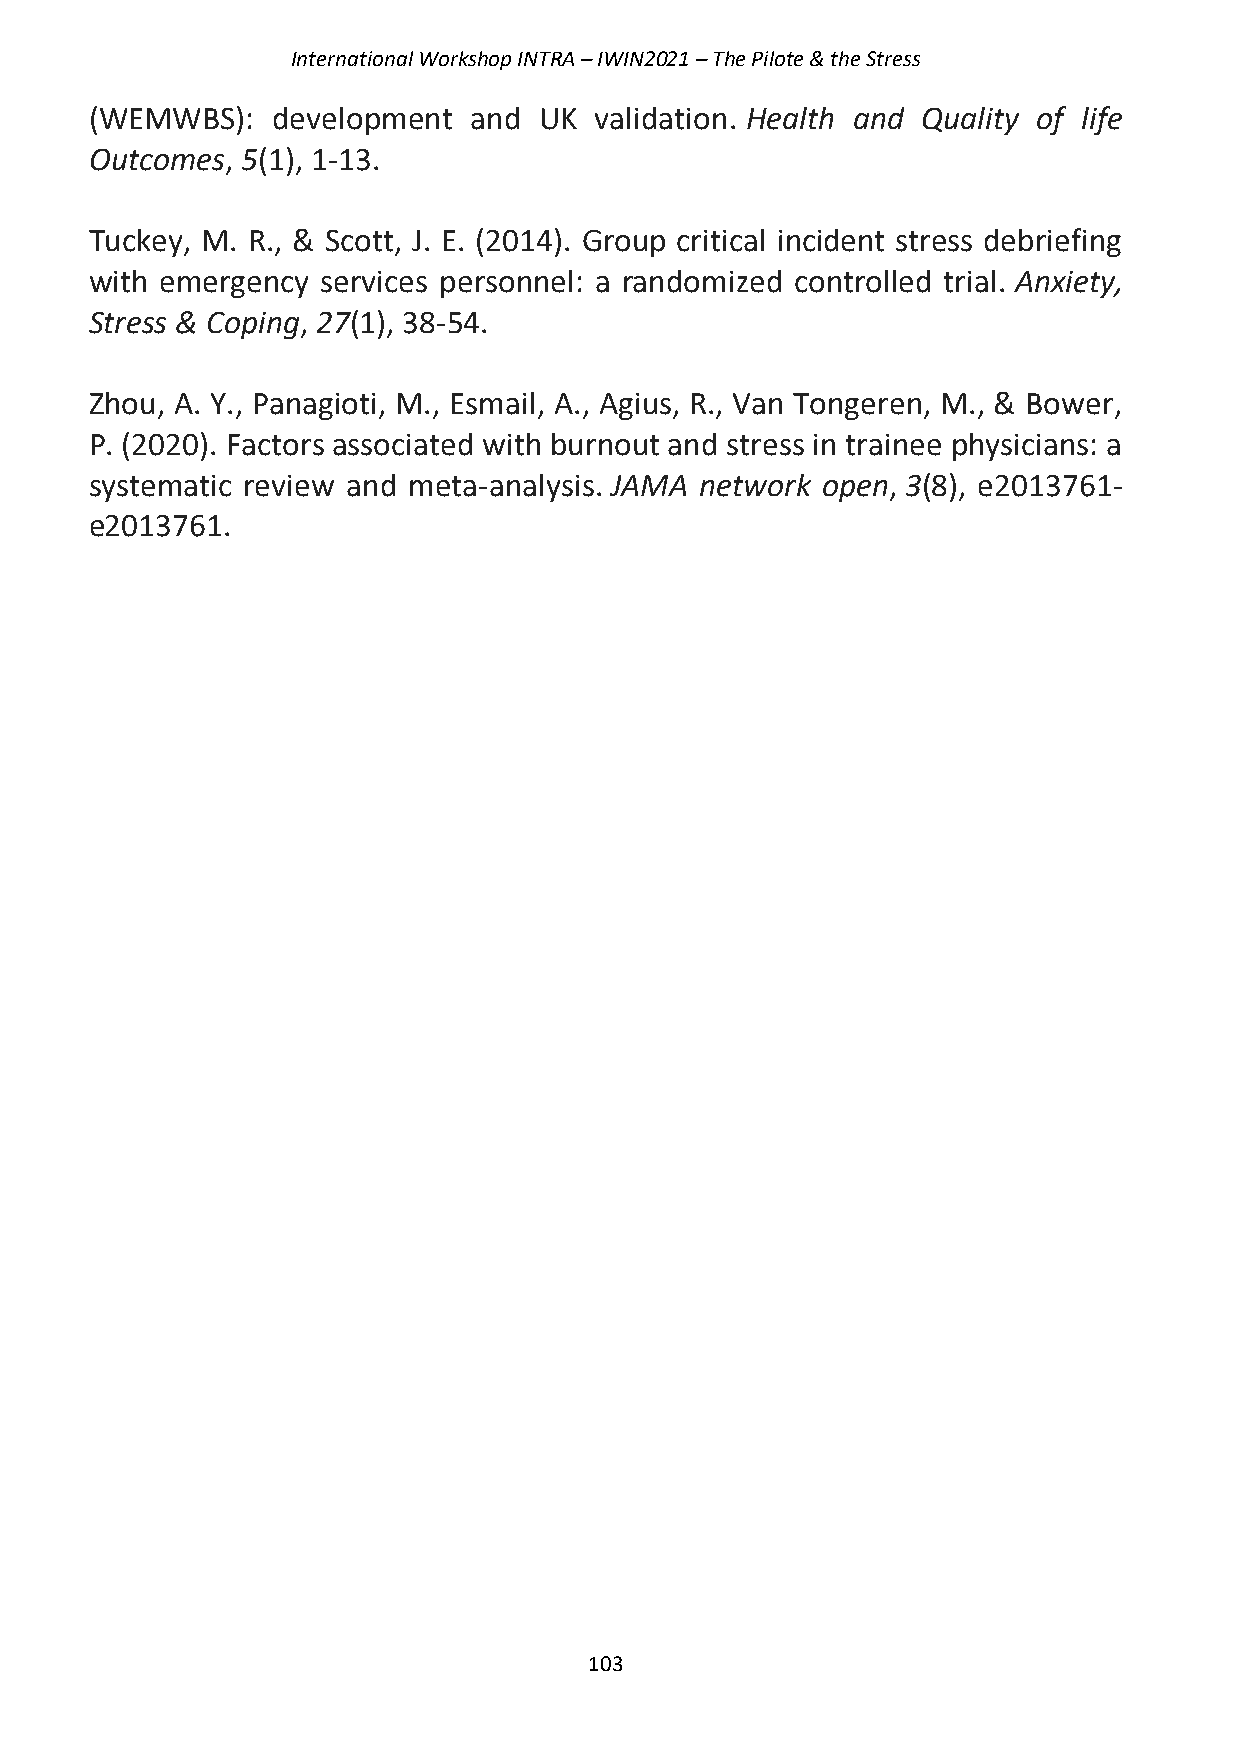
International Workshop INTRA – IWIN2021 – The Pilote & the Stress
 (WEMWBS):   development  and  UK validation. Health and Quality of life
 Outcomes, 5(1), 1-13.
 Tuckey, M. R., & Scott, J. E. (2014). Group critical incident stress debriefing
 with emergency services personnel: a randomized controlled trial. Anxiety,
 Stress & Coping, 27(1), 38-54.
 Zhou, A. Y., Panagioti, M., Esmail, A., Agius, R., Van Tongeren, M., & Bower,
 P. (2020). Factors associated with burnout and stress in trainee physicians: a
 systematic review and meta-analysis. JAMA network open, 3(8), e2013761-
 e2013761.
 103